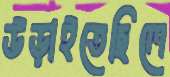
উড়াইতেছিলে